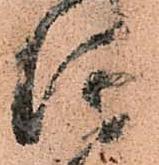
津